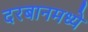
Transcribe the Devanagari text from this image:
दरबानमध्ये